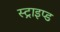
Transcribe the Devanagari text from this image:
स्ट्राइप्ड